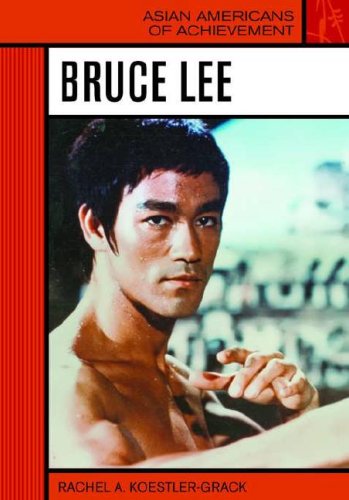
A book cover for Bruce Lee (Asian Americans of Achievement); Rachel A. Koestler-Grack; Teen & Young Adult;